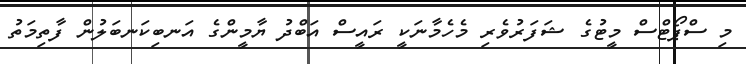
މި ސްޕޯޓްސް މީޓުގެ ޝަފަރުވެރި މެހެމާނަކީ ރައީސް އަބްދު ޔާމީންގެ އަނބިކަނބަލުން ފާތިމަތު